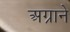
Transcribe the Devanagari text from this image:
अग्राने